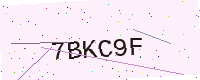
Text: 7BKC9F